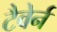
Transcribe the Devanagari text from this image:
टैवेर्न